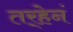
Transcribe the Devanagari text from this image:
तर्‍हेनं